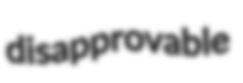
disapprovable